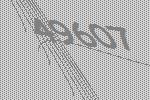
49607